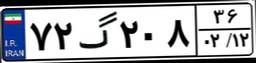
۵۶گ۵۱۳۶۳